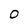
Character: 0